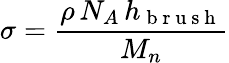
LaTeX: \sigma=\frac{\rho\, N_{A}\, h_{\mathrm{~b~r~u~s~h~}}}{M_{n}}